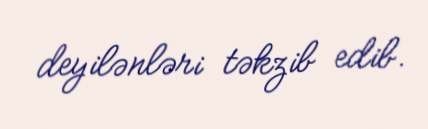
deyilənləri təkzib edib.